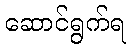
ဆောင်ရွက်ရ